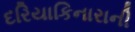
દરિયાકિનારાની